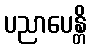
ပညာပေန္တိ